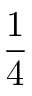
\frac { 1 } { 4 }